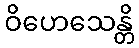
ဝိဟေသေန္တိ